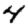
Digit: 4